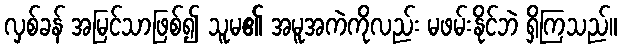
လှစ်ခန် အမြင်သာဖြစ်၍ သူမ၏ အမူအကဲကိုလည်း မဖမ်းနိုင်ဘဲ ရှိကြသည်။